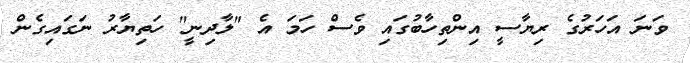
ވަނަ އަހަރުގެ ރިޔާސީ އިންތިހާބުގައި ވެސް ހަމަ އެ "ލާދިނީ" ހަތިޔާރު ނަގައިގެން